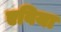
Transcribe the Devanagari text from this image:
एविया